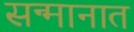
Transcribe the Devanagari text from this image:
सन्मानात